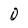
Character: O